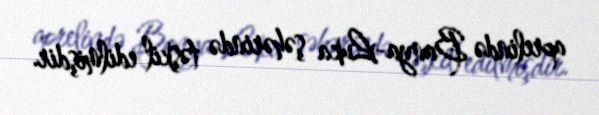
aprelində Banya-Luka şəhərində təşkil edilmişdir.